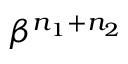
\beta ^ { n _ { 1 } + n _ { 2 } }